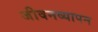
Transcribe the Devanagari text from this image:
जीवनव्यापन